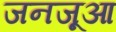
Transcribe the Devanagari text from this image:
जनजूआ